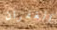
الغفران